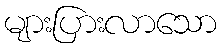
များပြားလာသော